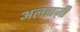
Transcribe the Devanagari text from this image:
अलराज़ी